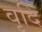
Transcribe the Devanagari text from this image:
वृदि